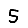
Digit: 5